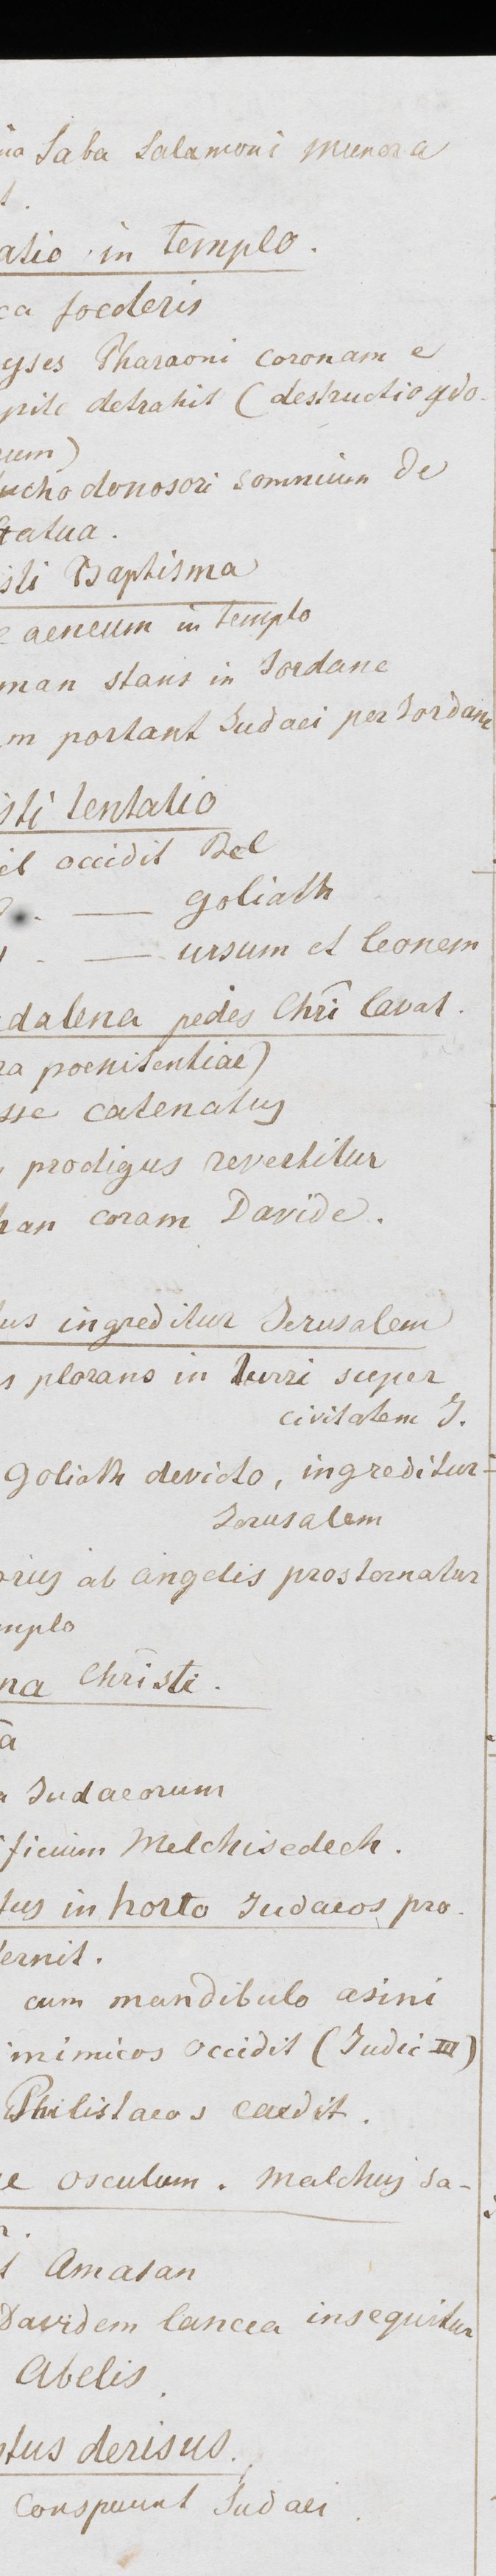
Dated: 1430–1450